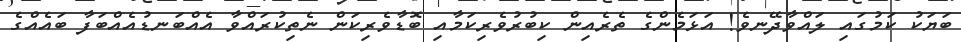
ބަޔަކު ކަމުގައި ލައްވާދޭނވެ! އަޅަމެންގެ ތެރެއިން ކިބުރުވެރިކަމާއި ބޮޑާވެރިކަން ނެތިކުރައްވާ އެއްބަނޑުއެއްބަފާ ބައެއްގެ